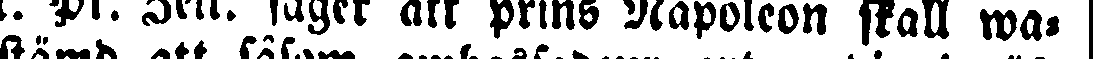
N. Pr. Zeit. säger att prins Napoleon skall wa-